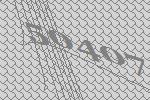
50407